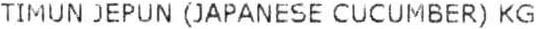
TIMUN JEPUN (JAPANESE CUCUMBER) KG